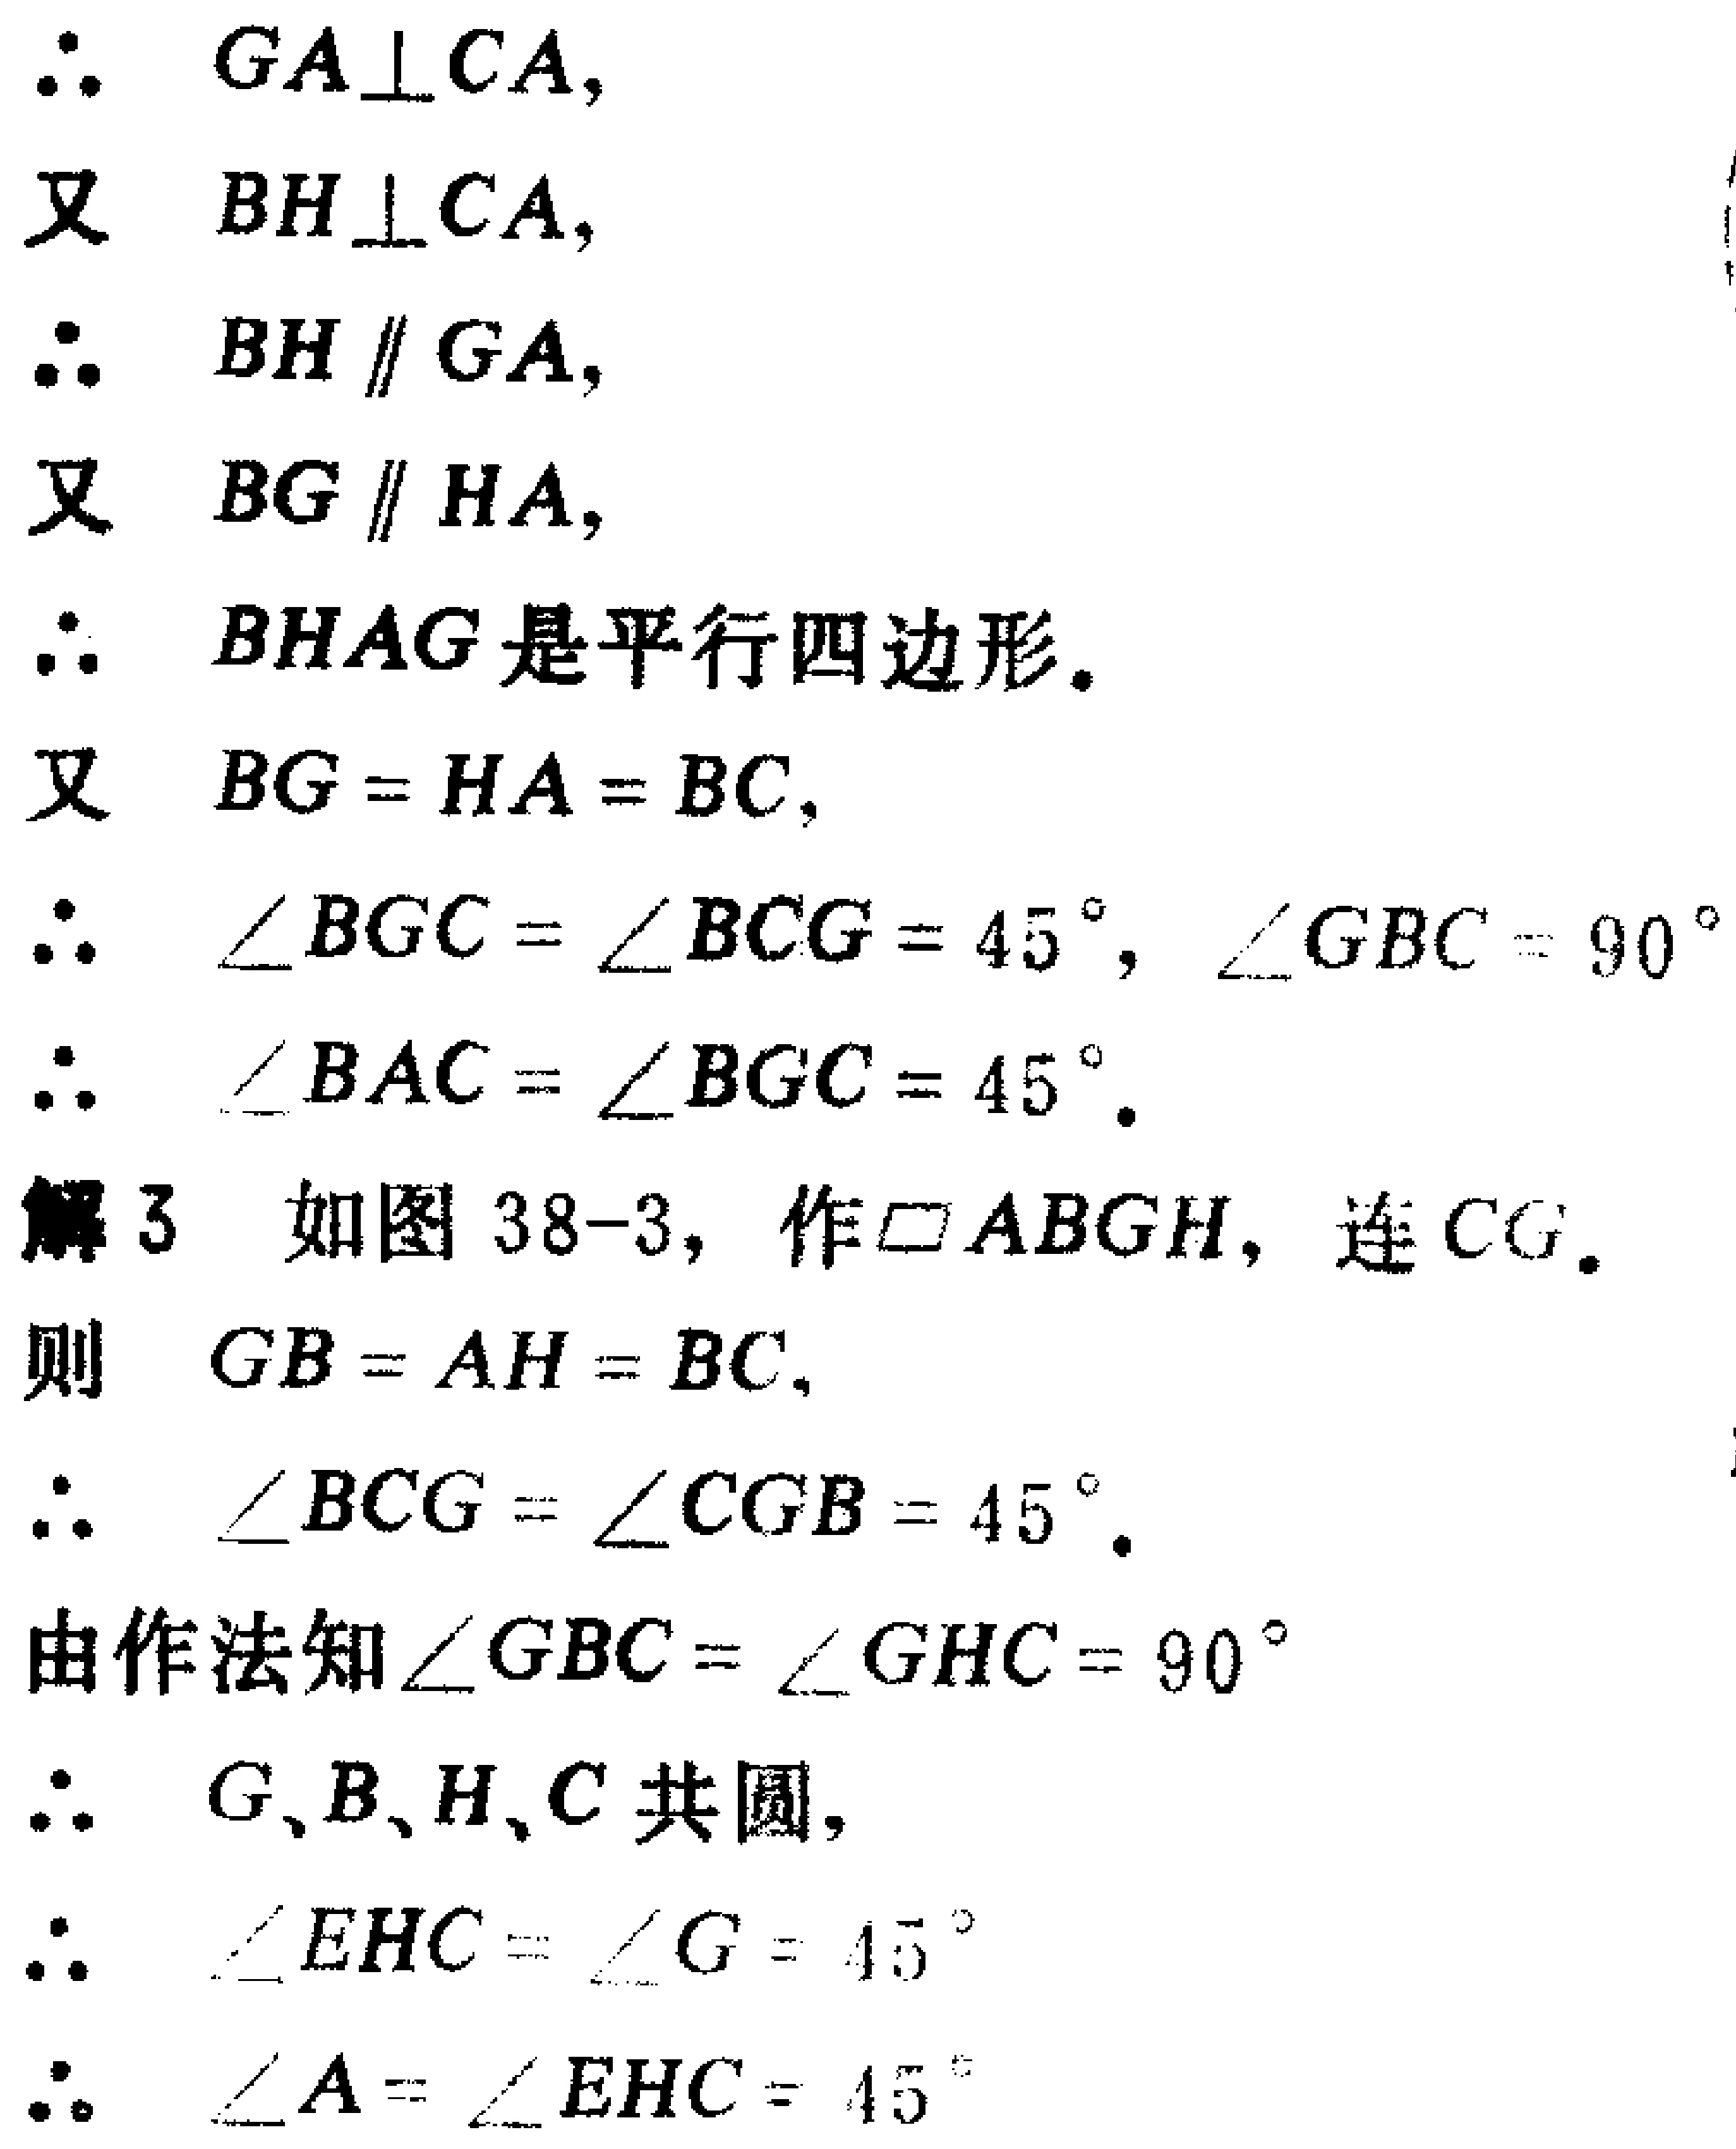
\begin{enumerate}
\item $\therefore GA\perp CA,$
\item 又 $BH\perp CA,$
\item $\therefore BH\parallel GA,$
\item 又 $BG\parallel HA,$
\item $\therefore BHAG$ 是平行四边形.
\item 又 $BG = HA = BC,$
\item $\therefore \angle BGC=\angle BCG = 45^{\circ}, \angle GBC = 90^{\circ}$
\item $\therefore \angle BAC=\angle BGC = 45^{\circ}.$
\item 解3 如图38 - 3，作$\square ABGH$，连$CG.$
\item 则 $GB = AH = BC,$
\item $\therefore \angle BCG=\angle CGB = 45^{\circ}.$
\item 由作法知$\angle GBC=\angle GHC = 90^{\circ}$
\item $\therefore G、B、H、C$ 共圆,
\item $\therefore \angle EHC=\angle G = 45^{\circ}$
\item $\therefore \angle A=\angle EHC = 45^{\circ}$
\end{enumerate}